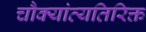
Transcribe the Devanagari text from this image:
चौक्यांव्यतिरिक्त